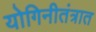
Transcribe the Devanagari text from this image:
योगिनीतंत्रात